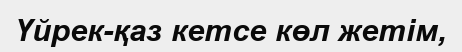
Үйрек-қаз кетсе көл жетім,